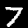
Digit: 7